Annual report of the Bengal Veterinary College and of the Civil Veterinary Department, Bengal, for the year 1907-1908 - 1907-1908
Year: 1907
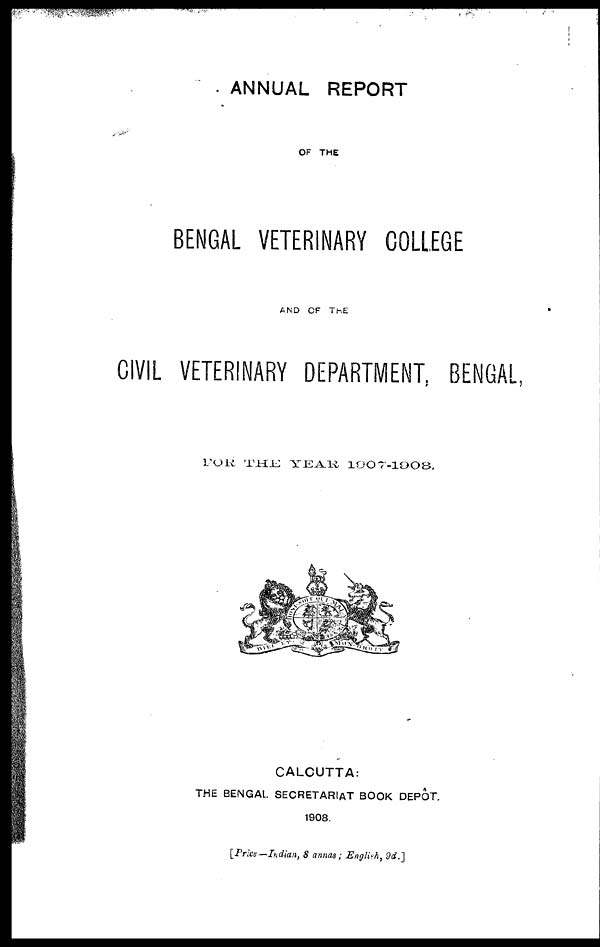
ANNUAL REPORT
OF THE
BENGAL VETERINARY COLLEGE
AND OF THE
CIVIL VETERINARY DEPARTMENT, BENGAL,
FOR
THE
YEAR
1907-1908,
CALCUTTA:
THE BENGAL. SECRETARIAT BOOK DEPÔT.
1908
[Price—Indian, 8 annas; English, 9d.]